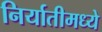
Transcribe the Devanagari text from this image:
निर्यातीमध्ये